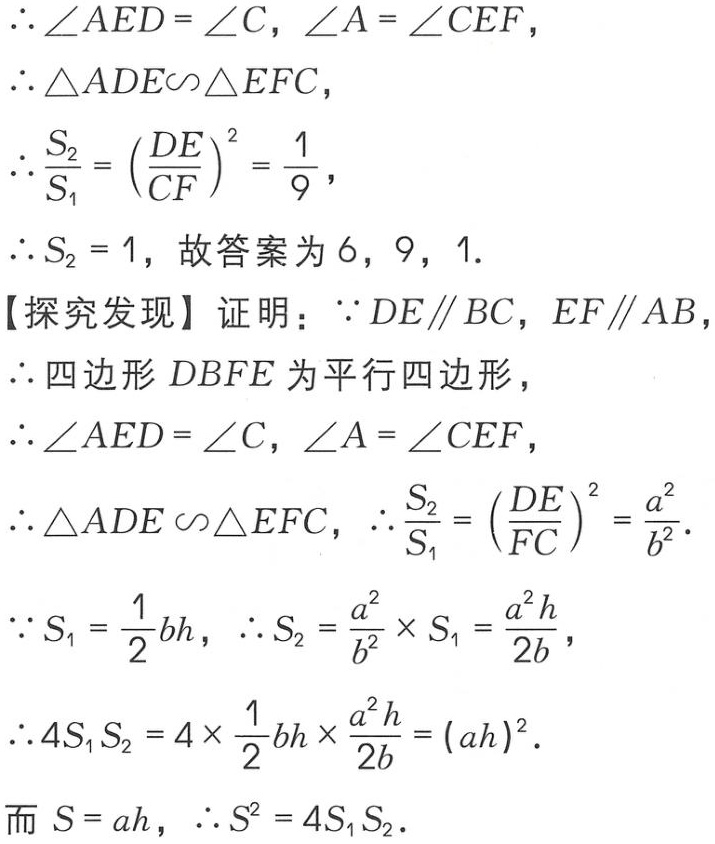
\(\therefore \angle AED = \angle C, \angle A = \angle CEF,\)
\(\therefore \triangle ADE\sim\triangle EFC,\)
\(\therefore \frac{S_{2}}{S_{1}} = (\frac{DE}{CF})^{2} = \frac{1}{9},\)
\(\therefore S_{2} = 1,\) 故答案为 \(6, 9, 1.\)
【探究发现】证明：\(\because DE\parallel BC, EF\parallel AB\)
\(\therefore\) 四边形 \(DBFE\) 为平行四边形，
\(\therefore \angle AED = \angle C, \angle A = \angle CEF,\)
\(\therefore \triangle ADE\sim\triangle EFC, \therefore \frac{S_{2}}{S_{1}} = (\frac{DE}{FC})^{2} = \frac{a^{2}}{b^{2}}.\)
\(\because S_{1} = \frac{1}{2}bh, \therefore S_{2} = \frac{a^{2}}{b^{2}}\times S_{1} = \frac{a^{2}h}{2b},\)
\(\therefore 4S_{1}S_{2} = 4\times\frac{1}{2}bh\times\frac{a^{2}h}{2b} = (ah)^{2}.\)
而 \(S = ah, \therefore S^{2} = 4S_{1}S_{2}.\)